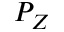
P _ { Z }